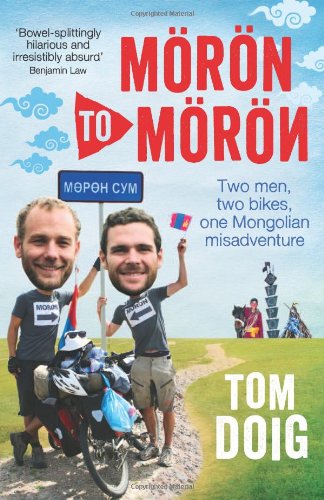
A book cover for Moron to Moron: Two Men, Two Bikes, One Mongolian Misadventure; Tom Doig; Travel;